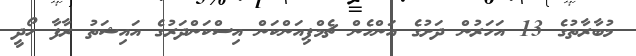
މުބާރާތުގެ 13 އަހަރުން ދަށުގެ އަންހެން ޗެމްޕިއަންކަން އިސްކަންދަރުގެ އައިޝަތު ރާފާ ހޯދީ